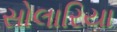
સોલારિયા